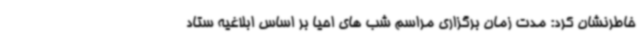
خاطرنشان کرد: مدت زمان برگزاری مراسم شب های احیا بر اساس ابلاغیه ستاد